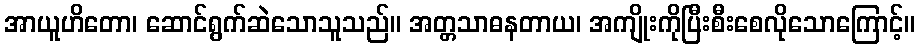
အာယူဟိတော၊ ဆောင်ရွက်ဆဲသောသူသည်။ အတ္တသာဓနတာယ၊ အကျိုးကိုပြီးစီးစေလိုသောကြောင့်။